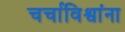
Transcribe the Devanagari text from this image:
चर्चाविश्वांना